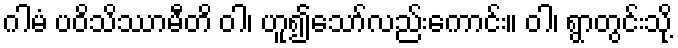
ဂါမံ ပဝိသိဿာမီတိ ဝါ၊ ဟူ၍သော်လည်းကောင်း။ ဝါ၊ ရွာတွင်းသို့